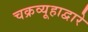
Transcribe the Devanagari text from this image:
चक्रव्यूहाद्वारे